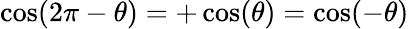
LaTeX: \cos(2\pi-\theta)=+\cos(\theta)=\cos(-\theta)